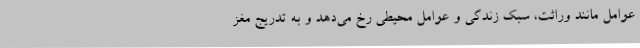
عوامل مانند وراثت، سبک زندگی و عوامل محیطی رخ می‌دهد و به تدریج مغز